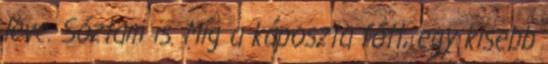
leve. Sóztam is. Míg a káposzta főtt, egy kisebb